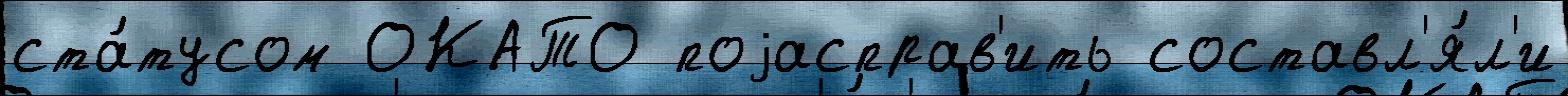
ста́тусом ОКАТО поjасправ'ить составл'я́л'и